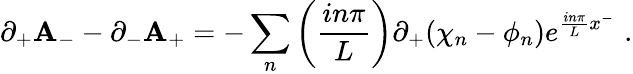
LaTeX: \partial_{+}\mathbf{A}_{-}-\partial_{-}\mathbf{A}_{+}=-\sum_{n}\left({\frac{{in\pi}}{{L}}}\right)\partial_{+}(\chi_{n}-\phi_{n})e^{{\frac{{in\pi}}{{L}}}x^{-}}\, \, .